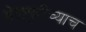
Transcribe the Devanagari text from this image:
भेळपुरीच्याच